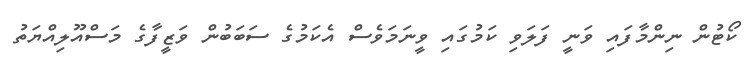
ކޯޓުން ނިންމާފައި ވަނީ ފަލަވި ކަމުގައި ވީނަމަވެސް އެކަމުގެ ސަބަބުން ވަޒީފާގެ މަސްއޫލިއްޔަތު